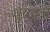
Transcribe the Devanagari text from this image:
धृववृत्त